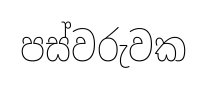
පස්වරුවක